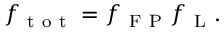
f _ { \mathrm { ~ t ~ o ~ t ~ } } = f _ { \mathrm { ~ F ~ P ~ } } f _ { \mathrm { ~ L ~ } } .